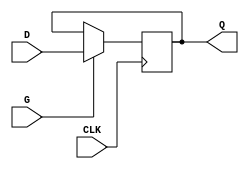
module edge_triggered_gated_latch (
    input wire D,      // Data input
    input wire CLK,    // Clock input
    input wire G,      // Gate input
    output reg Q       // Output
);

// Always block to implement the edge-triggered behavior
always @(posedge CLK) begin
    if (G) begin
        Q <= D;  // Capture the value of D when CLK goes high and G is high
    end
    // If G is low, Q retains its previous value (no action needed)
end

endmodule